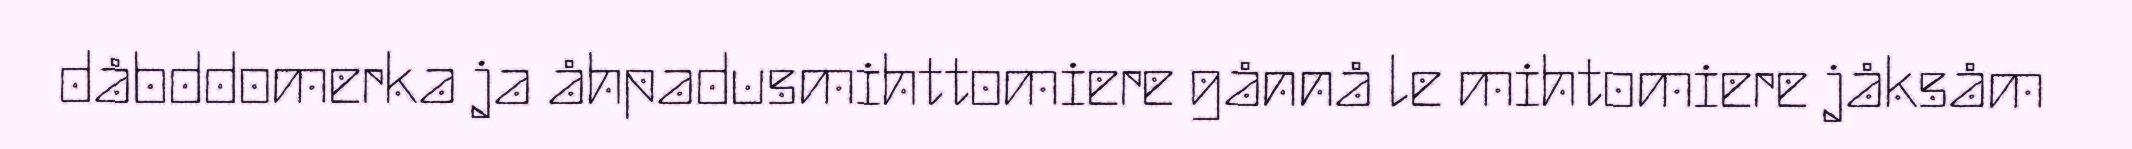
dåbddomerka ja åhpadusmihttomiere gånnå le mihtomiere jåksåm